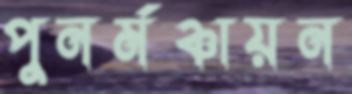
পুনর্মঞ্চায়ন